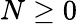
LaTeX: N\ge 0